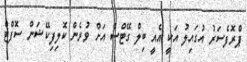
ޕްރޮފެސަރު އުގައިލު އަކީ އެއީ ބިލް ގޭޓްސް އަށް ވުރެން ކޮލިފިކޭޝަން ސޮފްޓް